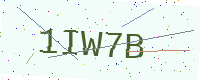
Text: 1IW7B